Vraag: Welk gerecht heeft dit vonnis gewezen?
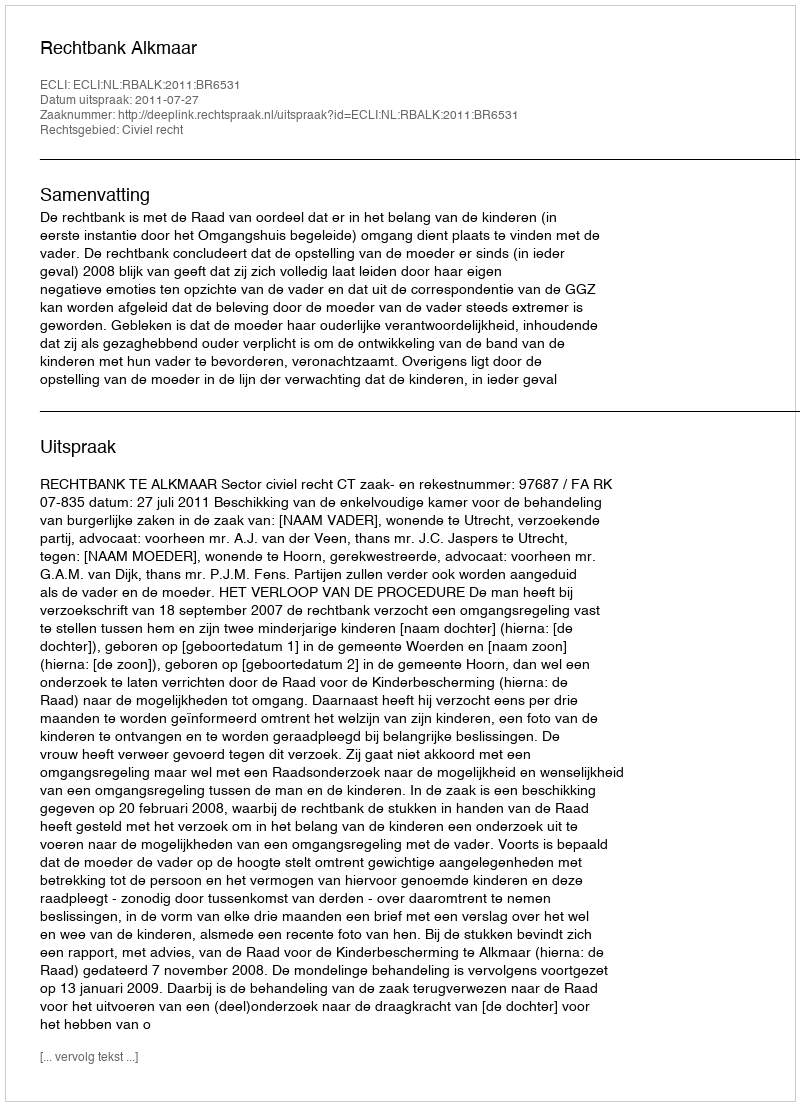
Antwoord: Rechtbank Alkmaar